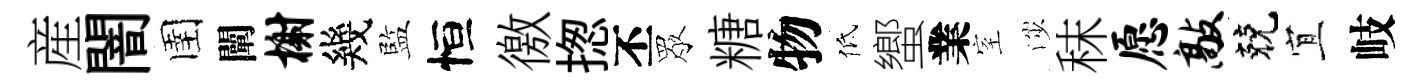
産闇圉闡榭幾監恒徼揔丕眾糖物低蠁業室渉秣愿敲兢宜岐